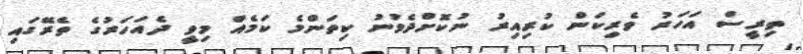
ތިރީސް އަހަރު ވެރިކަން ކުރިއިރު ނުކޮށްދެވުނު ކިތަންމެ ކަމެއް މިވީ ދެއަހަރުގެ ތެރޭގައި